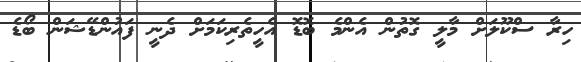
ހިރާ ސްކޫލަށް މާލީ ގޮތުން އެންމެ ބޮޑޮ އެހީތެރިކަމަށް ދެނީ ފައުންޑޭޝަން ބޯޑެ